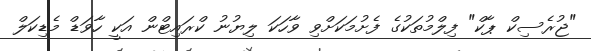
"ޖުރެސިކް ޕާކް" ފިލްމުތަކުގެ ފެށުމަކަށްވި ވާހަކަ ލިޔުނު ކްރައިޓްން އަކީ ހާވަޑް މެޑިކަލް